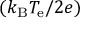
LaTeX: ( k _ { \mathrm { B } } T _ { \mathrm { e } } / 2 e )